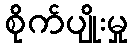
စိုက်ပျိုးမှု